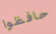
حافظوا